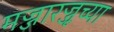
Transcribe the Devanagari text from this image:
मज्जारज्जूच्या